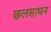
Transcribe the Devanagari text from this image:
छलसाधन